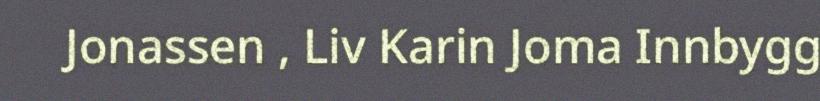
Jonassen , Liv Karin Joma Innbygg